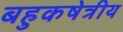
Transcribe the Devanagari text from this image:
बहुकषेत्रीय